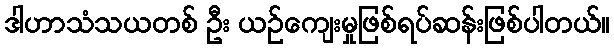
ဒါဟာသံသယတစ် ဦး ယဉ်ကျေးမှုဖြစ်ရပ်ဆန်းဖြစ်ပါတယ်။